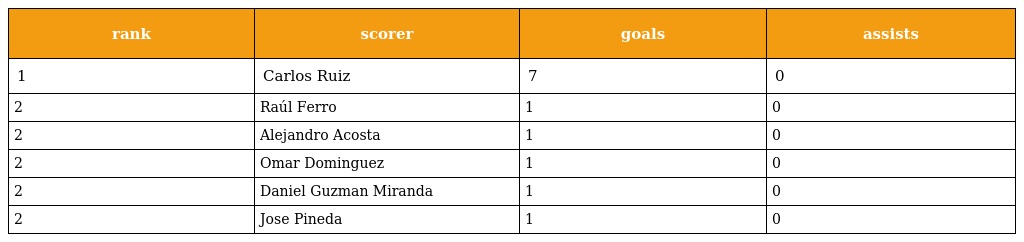
| rank | scorer | goals | assists |
 | --- | --- | --- | --- |
 | 1 | Carlos Ruiz | 7 | 0 |
 | 2 | Raúl Ferro | 1 | 0 |
 | 2 | Alejandro Acosta | 1 | 0 |
 | 2 | Omar Dominguez | 1 | 0 |
 | 2 | Daniel Guzman Miranda | 1 | 0 |
 | 2 | Jose Pineda | 1 | 0 |